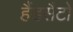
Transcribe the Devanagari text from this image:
हैंडसैटों